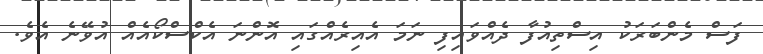
ފަސް މެންބަރަކު އިސްތިއުފާ ދެއްވައިފި ނަމަ އެއިރެއްގައި އޮންނަ އެކްސްކޯއެއް އުވޭނެ އެވެ.